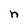
Character: n